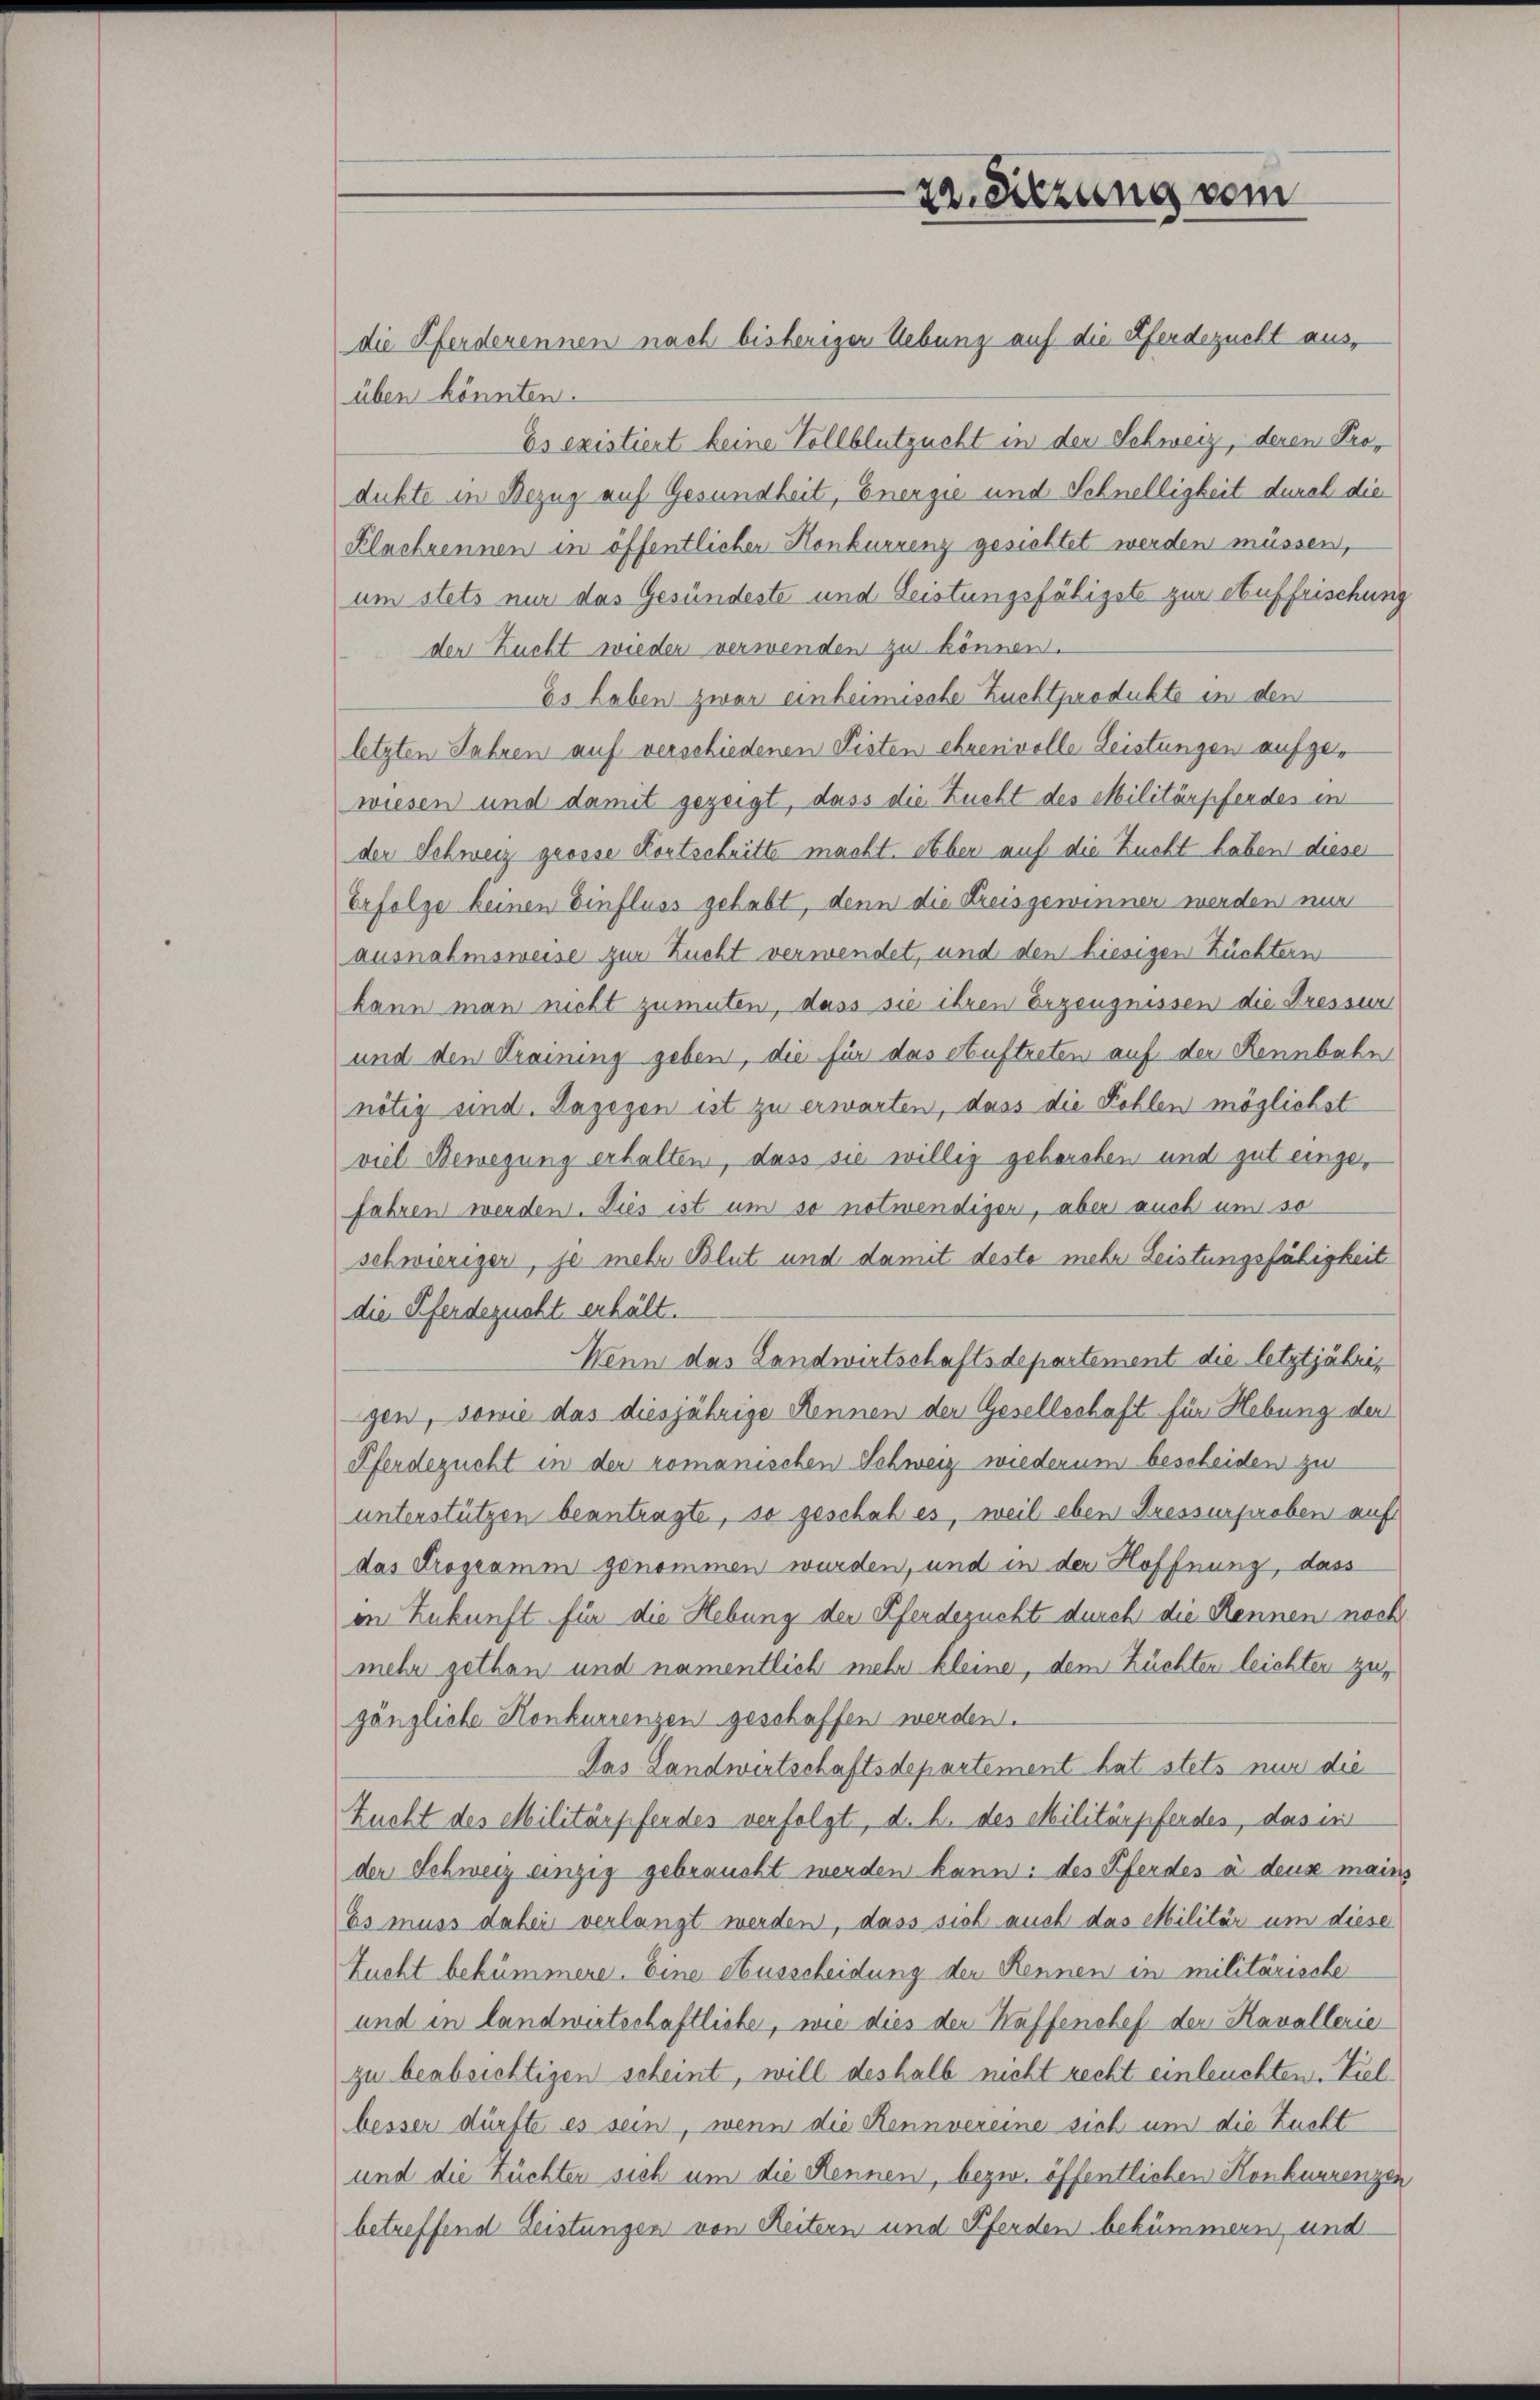
die Pferderennen nach bisheriger Uebung auf die Pferdezucht aus,
üben könnten.
Es existiert keine Vollblutzucht in der Schweiz, deren Produkte in Bezug auf Gesundheit, Energie und Schnelligkeit durch die
Klaehrennen in öffentlicher Konkurrenz gesichtet werden müssen,
um stets nur das Gesundeste und Leistungsfähigste zur Auffrischung
der Zucht wieder verwenden zu können.
Es haben zwar einheimische Zuchtprodukte in den
letzten Jahren auf verschiedenen Pisten ehrenvolle Leistungen aufgewiesen und damit gezeigt, dass die Zucht des Militärpfendes in
der Schweiz grosse Kortschritte macht. Aber auf die Zucht haben dieser
Erfolge keinen Einfluss gehabt, denn die Kreisgewinner werden nur
ausnahmsweise zur Zucht verwendet, und den hiesigen Züchtern
kann man nicht zumuten, dass sie ihren Erzeugnissen die Dressur
und den Kraining geben, die für das Auftreten auf der Rennbahn
nötig sind. Dagegen ist zu erwarten, dass die Fehlen möglichst
viel Bewegung erhalten, dass sie willig gehorchen und gut eingefahren werden. Dies ist um so notwendiger, aber auch um so
schwieriger, je mehr Blut und damit deste mehr Leistungsfähigkeit
die Pferdezucht erhält.
Wenn das Landwirtschaftsdepartement die letztjährigen, sowie das diesjährige Rennen den Gesellschaft für Hebung der
Pferdezucht in der romanischen Schweiz wiederum bescheiden zu
unterstützen beantragte, so geschah es, weil eben dressurproben auf
das Programm genommen wurden, und in der Hoffnung, dass
in Zukunft für die Hebung der Pferdezucht durch die Rennen noch
mehr gethan und namentlich mehr kleine, dem Züchten leichten zugänzliche Konkurrenzen geschaffen werden.
Das Landwirtschaftsdepartement hat stets nur die
Zucht des Militärpfendes verfolgt, d. h. des Militärpferdes, das in
der Schweiz einzig gebraucht werden kann: des Pferdes à deus mains
Es muss dabei verlangt werden, dass sich auch das Militär um diese
Zucht bekümmere. Eine Ausscheidung der Rennen in militärische
und in landwirtschaftliche, wie dies der Kaffenchef der Kavallerie
zu beabsichtigen scheint, will deshalb nicht recht einleuchten. Viel
besser dürfte es sein, wenn die Hennvereine sich um die Zucht
und die Züchter sich um die Rennen, bezw. öffentlichen Konkurrenzen
betreffend Leistungen von Reitern und Pferden bekümmern und

ze Sitzung vom